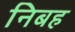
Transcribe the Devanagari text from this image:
निबह